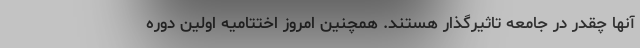
آنها چقدر در جامعه تاثیرگذار هستند. همچنین امروز اختتامیه اولین دوره